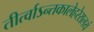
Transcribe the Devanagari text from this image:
तीर्त्वाऽन्तकालेहरेरालयं